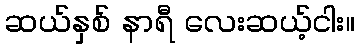
ဆယ်နှစ် နာရီ လေးဆယ့်ငါး။